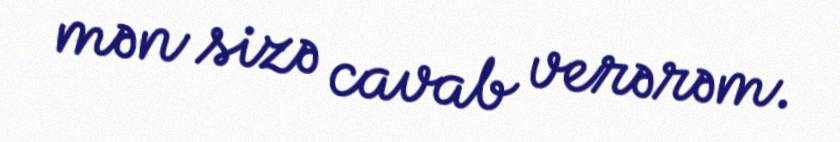
mən sizə cavab verərəm.